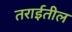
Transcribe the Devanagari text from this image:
तराईतील